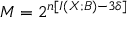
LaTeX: M = 2 ^ { n \left[ I \left( X ; B \right) - 3 \delta \right] }